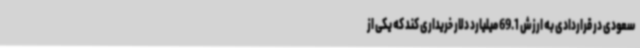
سعودی در قراردادی به ارزش 69.1 میلیارد دلار خریداری کند که یکی از